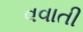
વવાતી